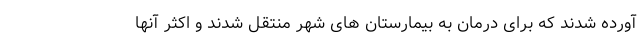
آورده شدند که برای درمان به بیمارستان های شهر منتقل شدند و اکثر آنها